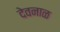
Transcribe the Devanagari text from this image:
देवनाळ